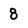
Character: 8